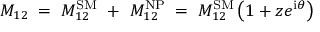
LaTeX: M _ { 1 2 } \; = \; M _ { 1 2 } ^ { \mathrm { S M } } ~ + ~ M _ { 1 2 } ^ { \mathrm { N P } } \; = \; M _ { 1 2 } ^ { \mathrm { S M } } \left( 1 + z e ^ { \mathrm { i } \theta } \right) \;